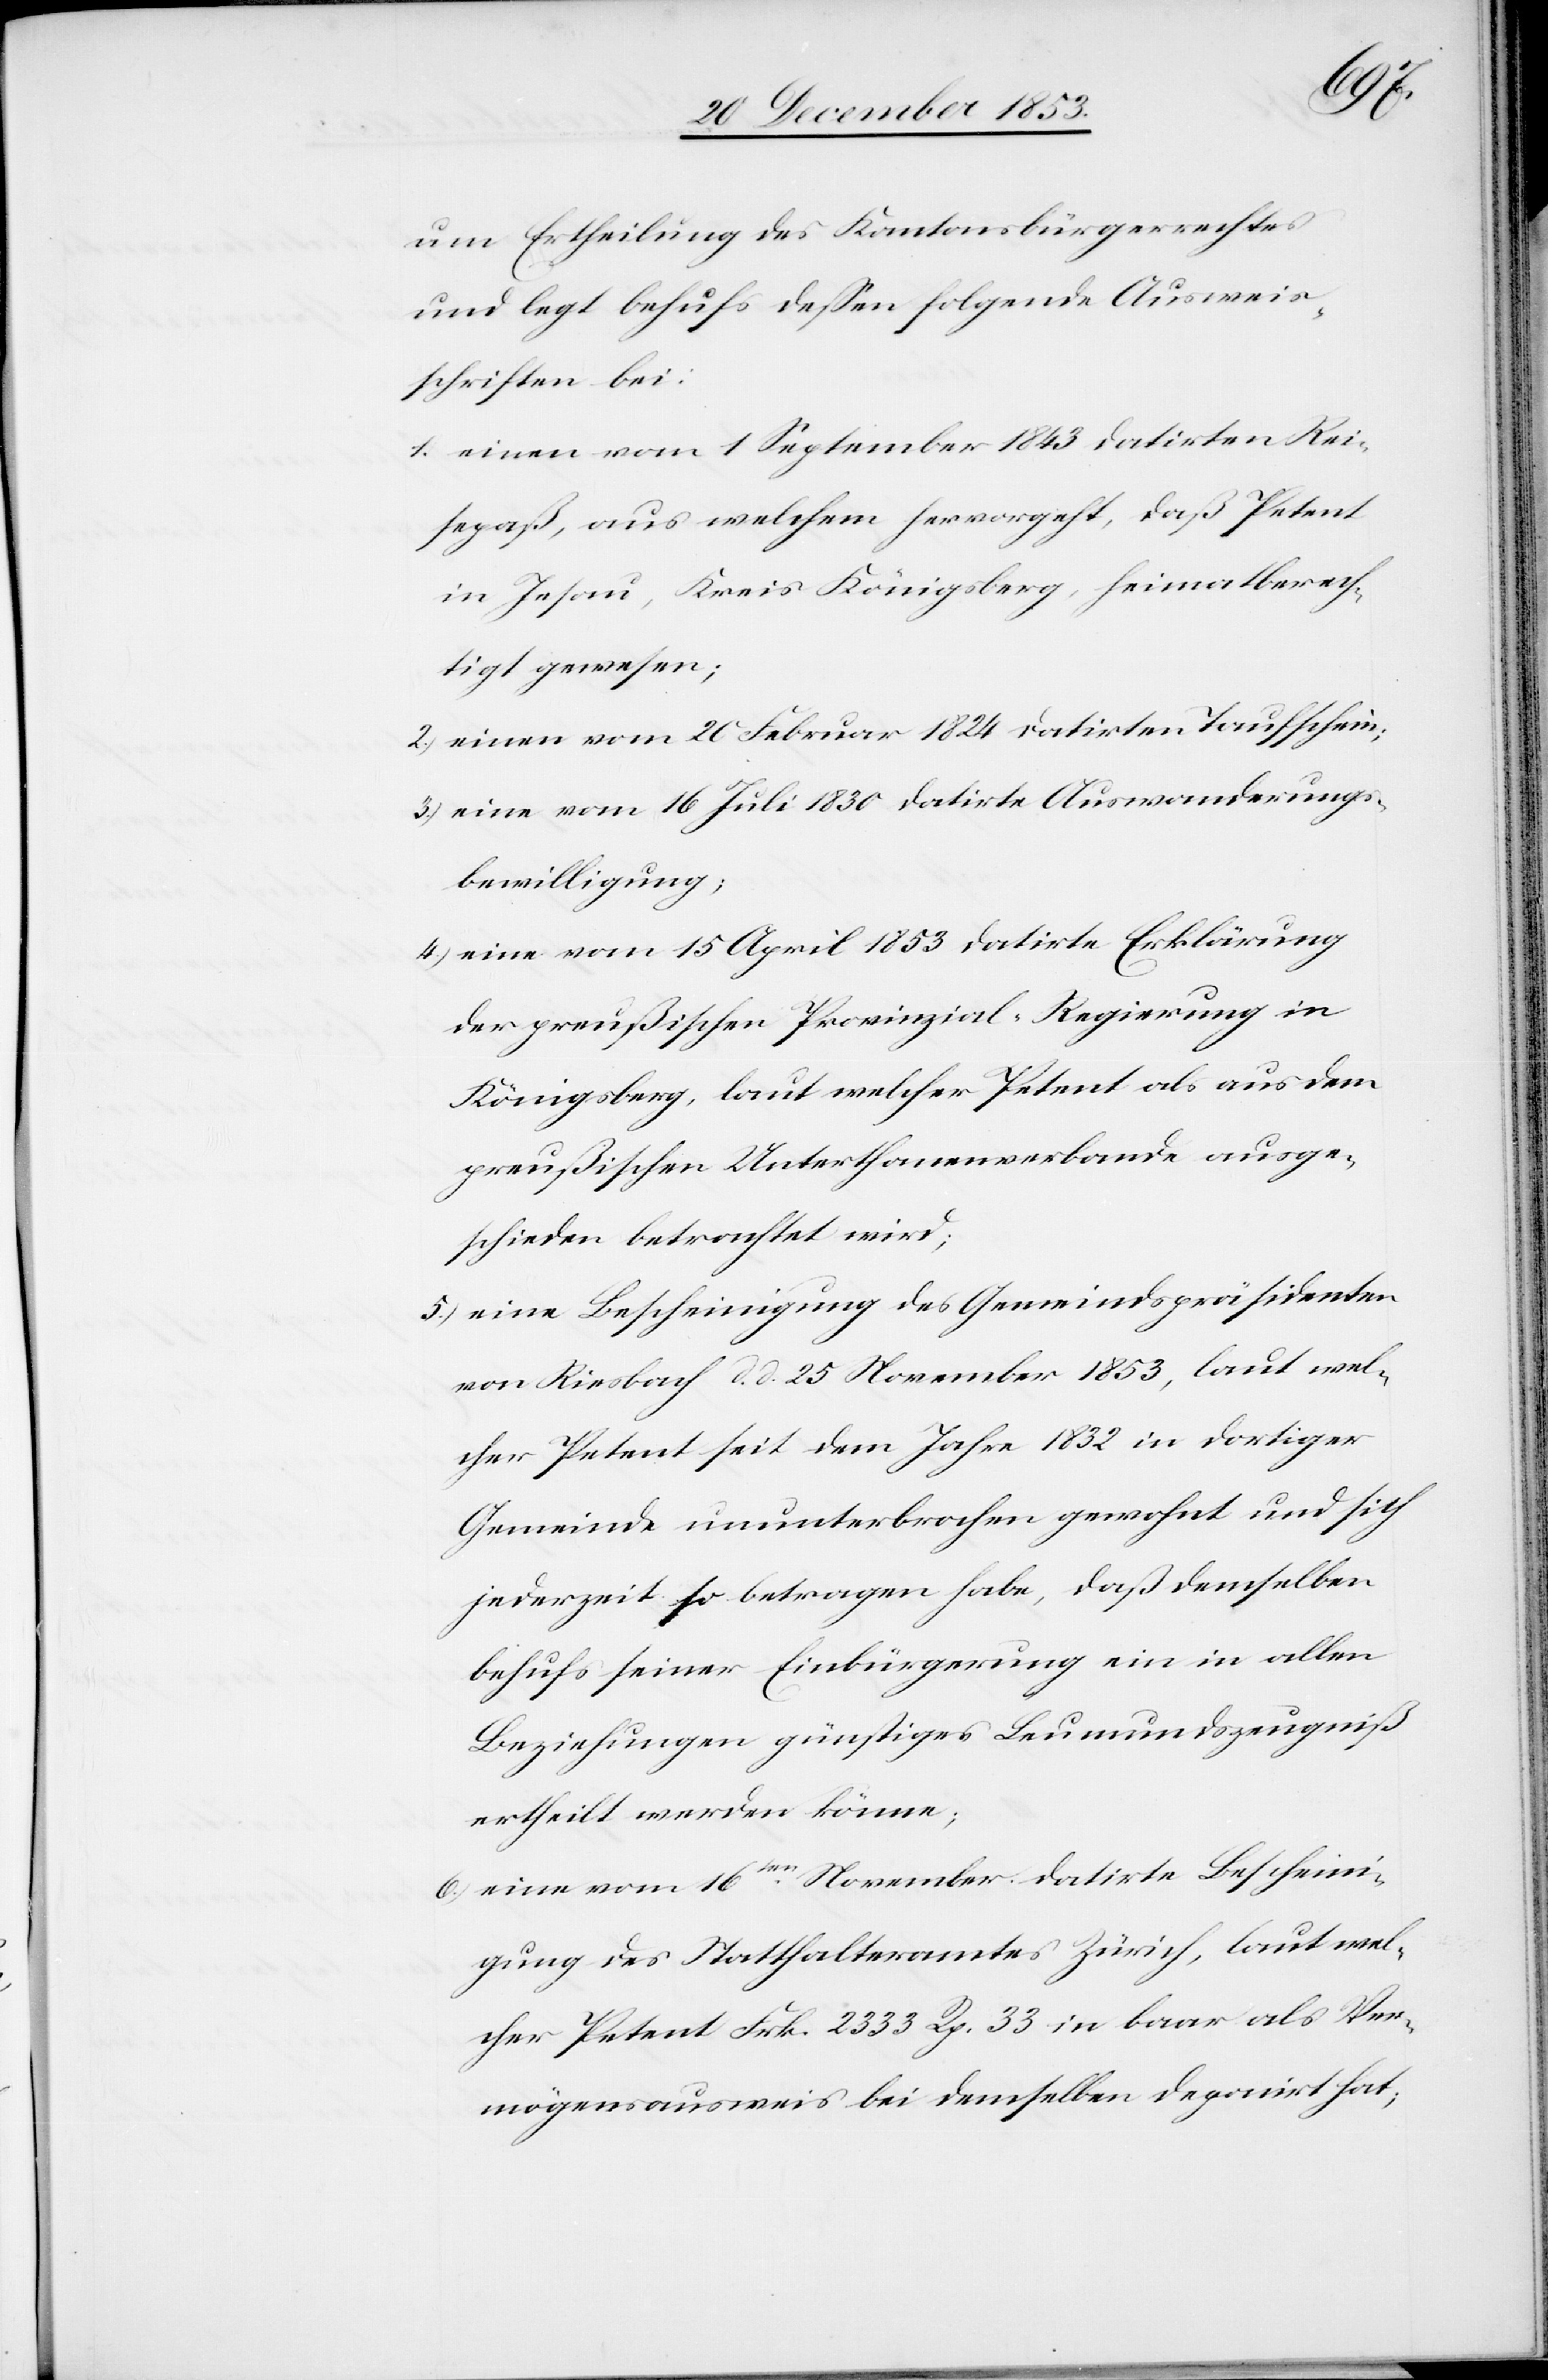
um Ertheilung des Kantonsbürgerrechtes
und legt behufs deßen folgende Ausweis¬
schriften bei:
1.) einen vom 1 September 1843 datirten Rei¬
sepaß, aus welchem hervorgeht, daß Petent
in Jesau, Kreis Königsberg, heimatberech¬
tigt gewesen;
2.) einen vom 20 Oktober 1824 datirten Taufschein;
3.) eine vom 16 Juli 1830 datirte Auswanderungs¬
bewilligung;
4.) eine vom 15 April 1853 datirte Erklärung
der preußischen Provinzial-Regierung in
Königsberg, laut welcher Petent als aus dem
preußischen Unterthanenverbande ausge¬
schieden betrachtet wird;
5.) eine Bescheinigung des Gemeindspräsidenten
von Riesbach d. d. 25 November 1853, laut wel¬
cher Petent seit dem Jahre 1832 in dortiger
Gemeinde ununterbrochen gewohnt und sich
jederzeit so betragen habe, daß demselben
behufs seiner Einbürgerung ein in allen
Beziehungen günstiges Leumundszeugniß
ertheilt werden könne;
6.) eine vom 16ten November datirte Bescheini¬
gung des Statthalteramtes Zürich, laut wel¬
cher Petent Frk. 2333 Rp. 33 in baar als Ver¬
mögensausweis bei demselben deponirt hat,